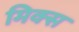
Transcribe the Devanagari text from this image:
मिक्‍स